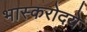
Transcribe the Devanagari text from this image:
भास्करोदये